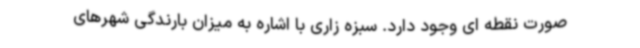
صورت نقطه ای وجود دارد. سبزه زاری با اشاره به میزان بارندگی شهرهای